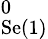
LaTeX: ^{0}_{\textrm{Se(1)}}